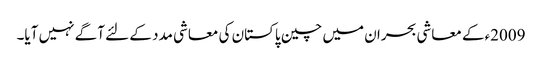
2009ءکے معاشی بحران میں چین پاکستان کی معاشی مدد کے لئے آگے نہیں آیا۔